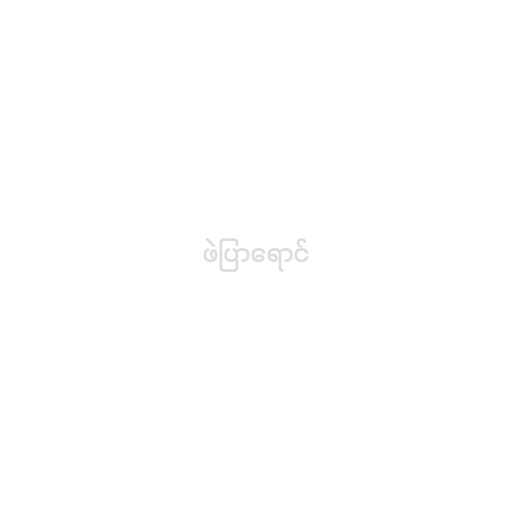
ဖဲပြာရောင်